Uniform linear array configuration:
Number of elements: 64
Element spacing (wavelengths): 1
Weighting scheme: kaiser
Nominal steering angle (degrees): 15
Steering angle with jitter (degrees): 14.703
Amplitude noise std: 0.05
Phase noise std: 0.05

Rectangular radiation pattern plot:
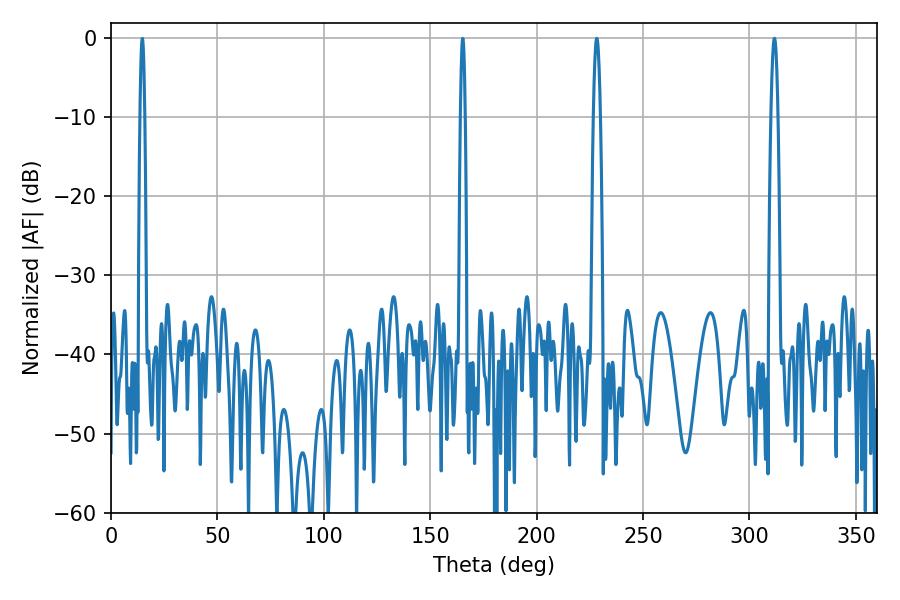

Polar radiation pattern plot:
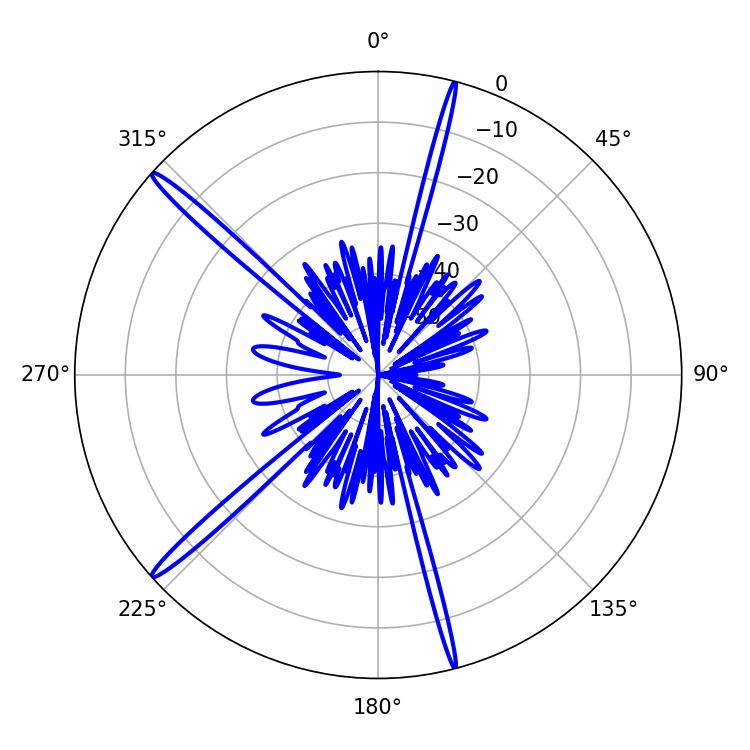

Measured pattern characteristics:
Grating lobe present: TRUE
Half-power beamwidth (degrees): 1.8
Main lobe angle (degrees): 311.76